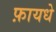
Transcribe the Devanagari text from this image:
फ़ायधे